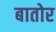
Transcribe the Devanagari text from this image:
बातोर